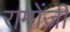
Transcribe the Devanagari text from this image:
रामोंजी